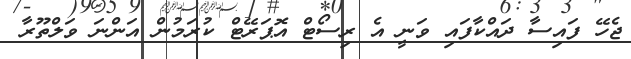
ޖެހޭ ފައިސާ ދައްކާފައި ވަނީ އެ ރިސޯޓް އޮޕަރޭޓް ކުރަމުން އަންނަ ވަލްތޫރާ